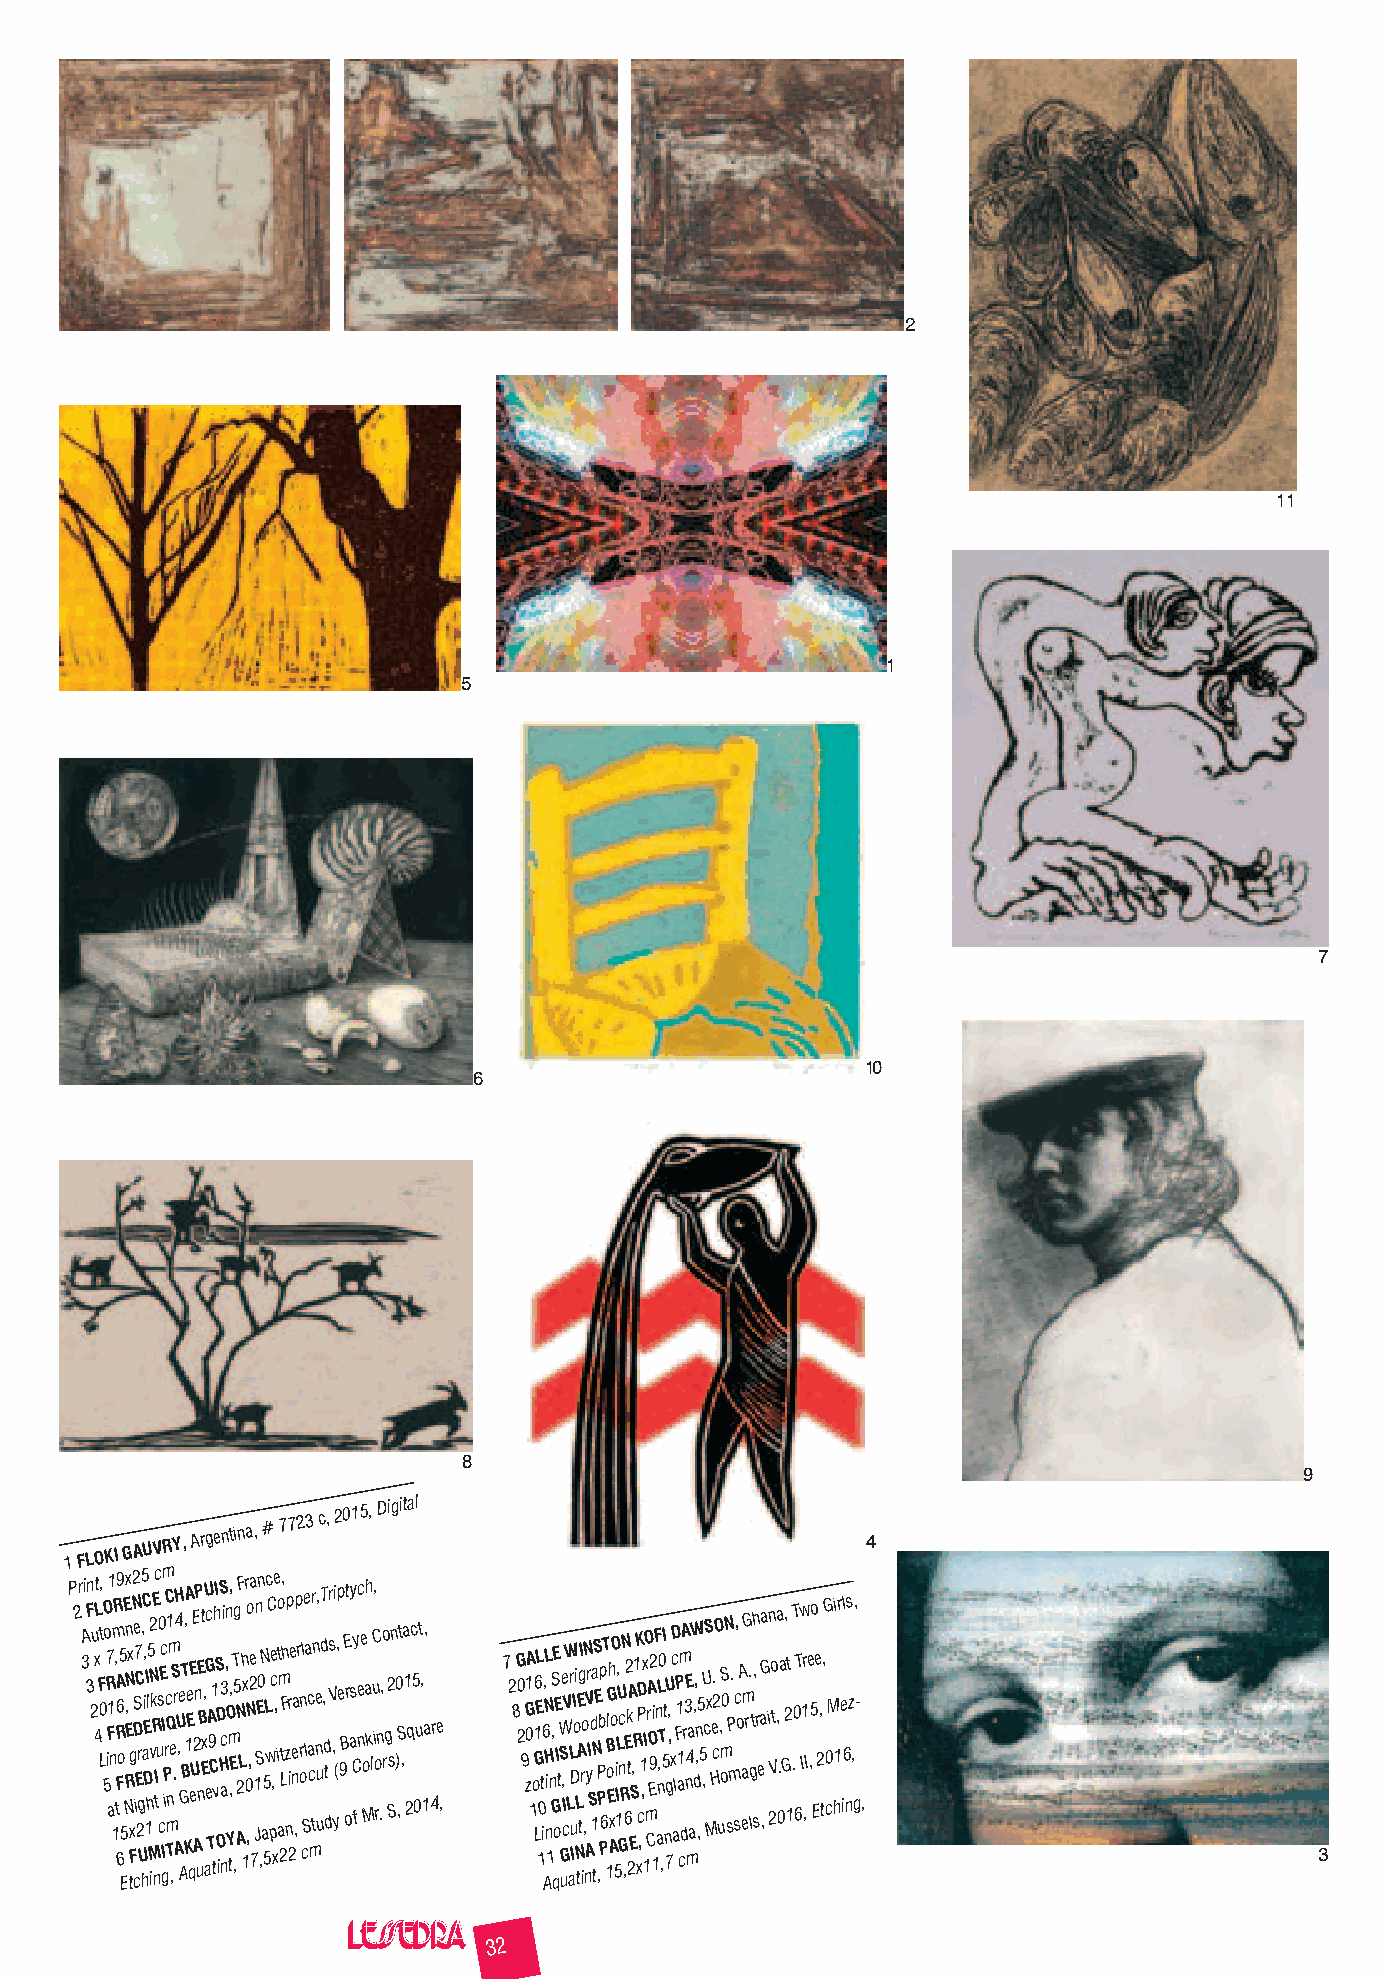
2
 11
 1
 5
 7
 10
 6
 8
 9
 1
 FLOKI
 GAUVRY,
 Argentina, #
 7723 c,
 2015,
 Digital
 4
 P 2 r 3A i F 3n 2 u L 4xt F L0, t O 5 o 7 iR F a11 n 1 mR , tRA F 669 o5 E5E NR ,n Nx Ex tFg x N2 e cS D i7 EC 2r g U,5 hC a, i DEI 1hl5 MN2
 i
 vkE R
 n
 Ic t us0 c Ec
 I
 gIm iPrC c Q m Tn1 m e ,S .rH A4 U ,e G AT B, K1A Ee
 q
 E eUE 2 A P n unE Bt Ex, U aeGc A T9 C1 tvhI S O D iS H3 ac ni ,n YO m ,, t, E T ,5g AN 2F Lh 1x r 0 ,No ,2ea
 7
 1 Jn S En 0 ,N a5 5L wc C pe c , x,e i t ao m 2t L, Fh z np r i 2e e na ,p r rn o cl Se la c a c mr tn e n uu, dT , d dt sr V , yi (, p e 9 B E ort asy Cy fc e n e Moah k luC i, o rn .,o r g S2 sn )0 ,St ,a 1 2 qc 5 0ut , 1a, r 4e , 7 2 8G 20 9 0G z1A 1 o1 G L6 EL 10t i6 A,L N H i n
 1
 n, GS qE oE I tW S
 G
 u
 e , I cVW L ar L uD II oi L
 N
 tE Ag tI r io ,N nV Ayr I Sd 1a N
 t
 S E ,P Pbp P6 T 1l oB EGh x AoO 5i I 1L, U c Gn R N ,6E2 k t 2A ES , R 1K xD c ,P ,1 x 1I O m CrA O E92 i 1F n aL n,0 T ,5I t n 7U g , , xc D al P F1 a1 cm dA r3E n m4a aW d,, ,n ,5 5 ,U cS M x He. c2O u, oS m0 N sP m. sc, oA eamG r. lgt, sh r ea ,Ga in 2Vo t,a . 0a G, 2 1t .T 0 6T w I1r ,Ie ,5o E e 2 , t,G c0 M hi 1r e il 6 ns z ,, g- ,
 3
 32